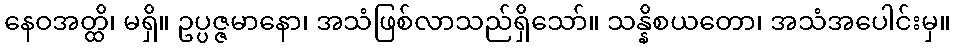
နေဝအတ္ထိ၊ မရှိ။ ဥပ္ပဇ္ဇမာနော၊ အသံဖြစ်လာသည်ရှိသော်။ သန္နိစယတော၊ အသံအပေါင်းမှ။